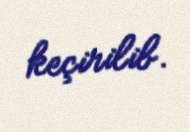
keçirilib.